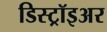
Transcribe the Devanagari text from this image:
डिस्ट्रॉइअर